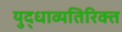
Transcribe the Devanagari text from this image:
युद्धाव्यतिरिक्त